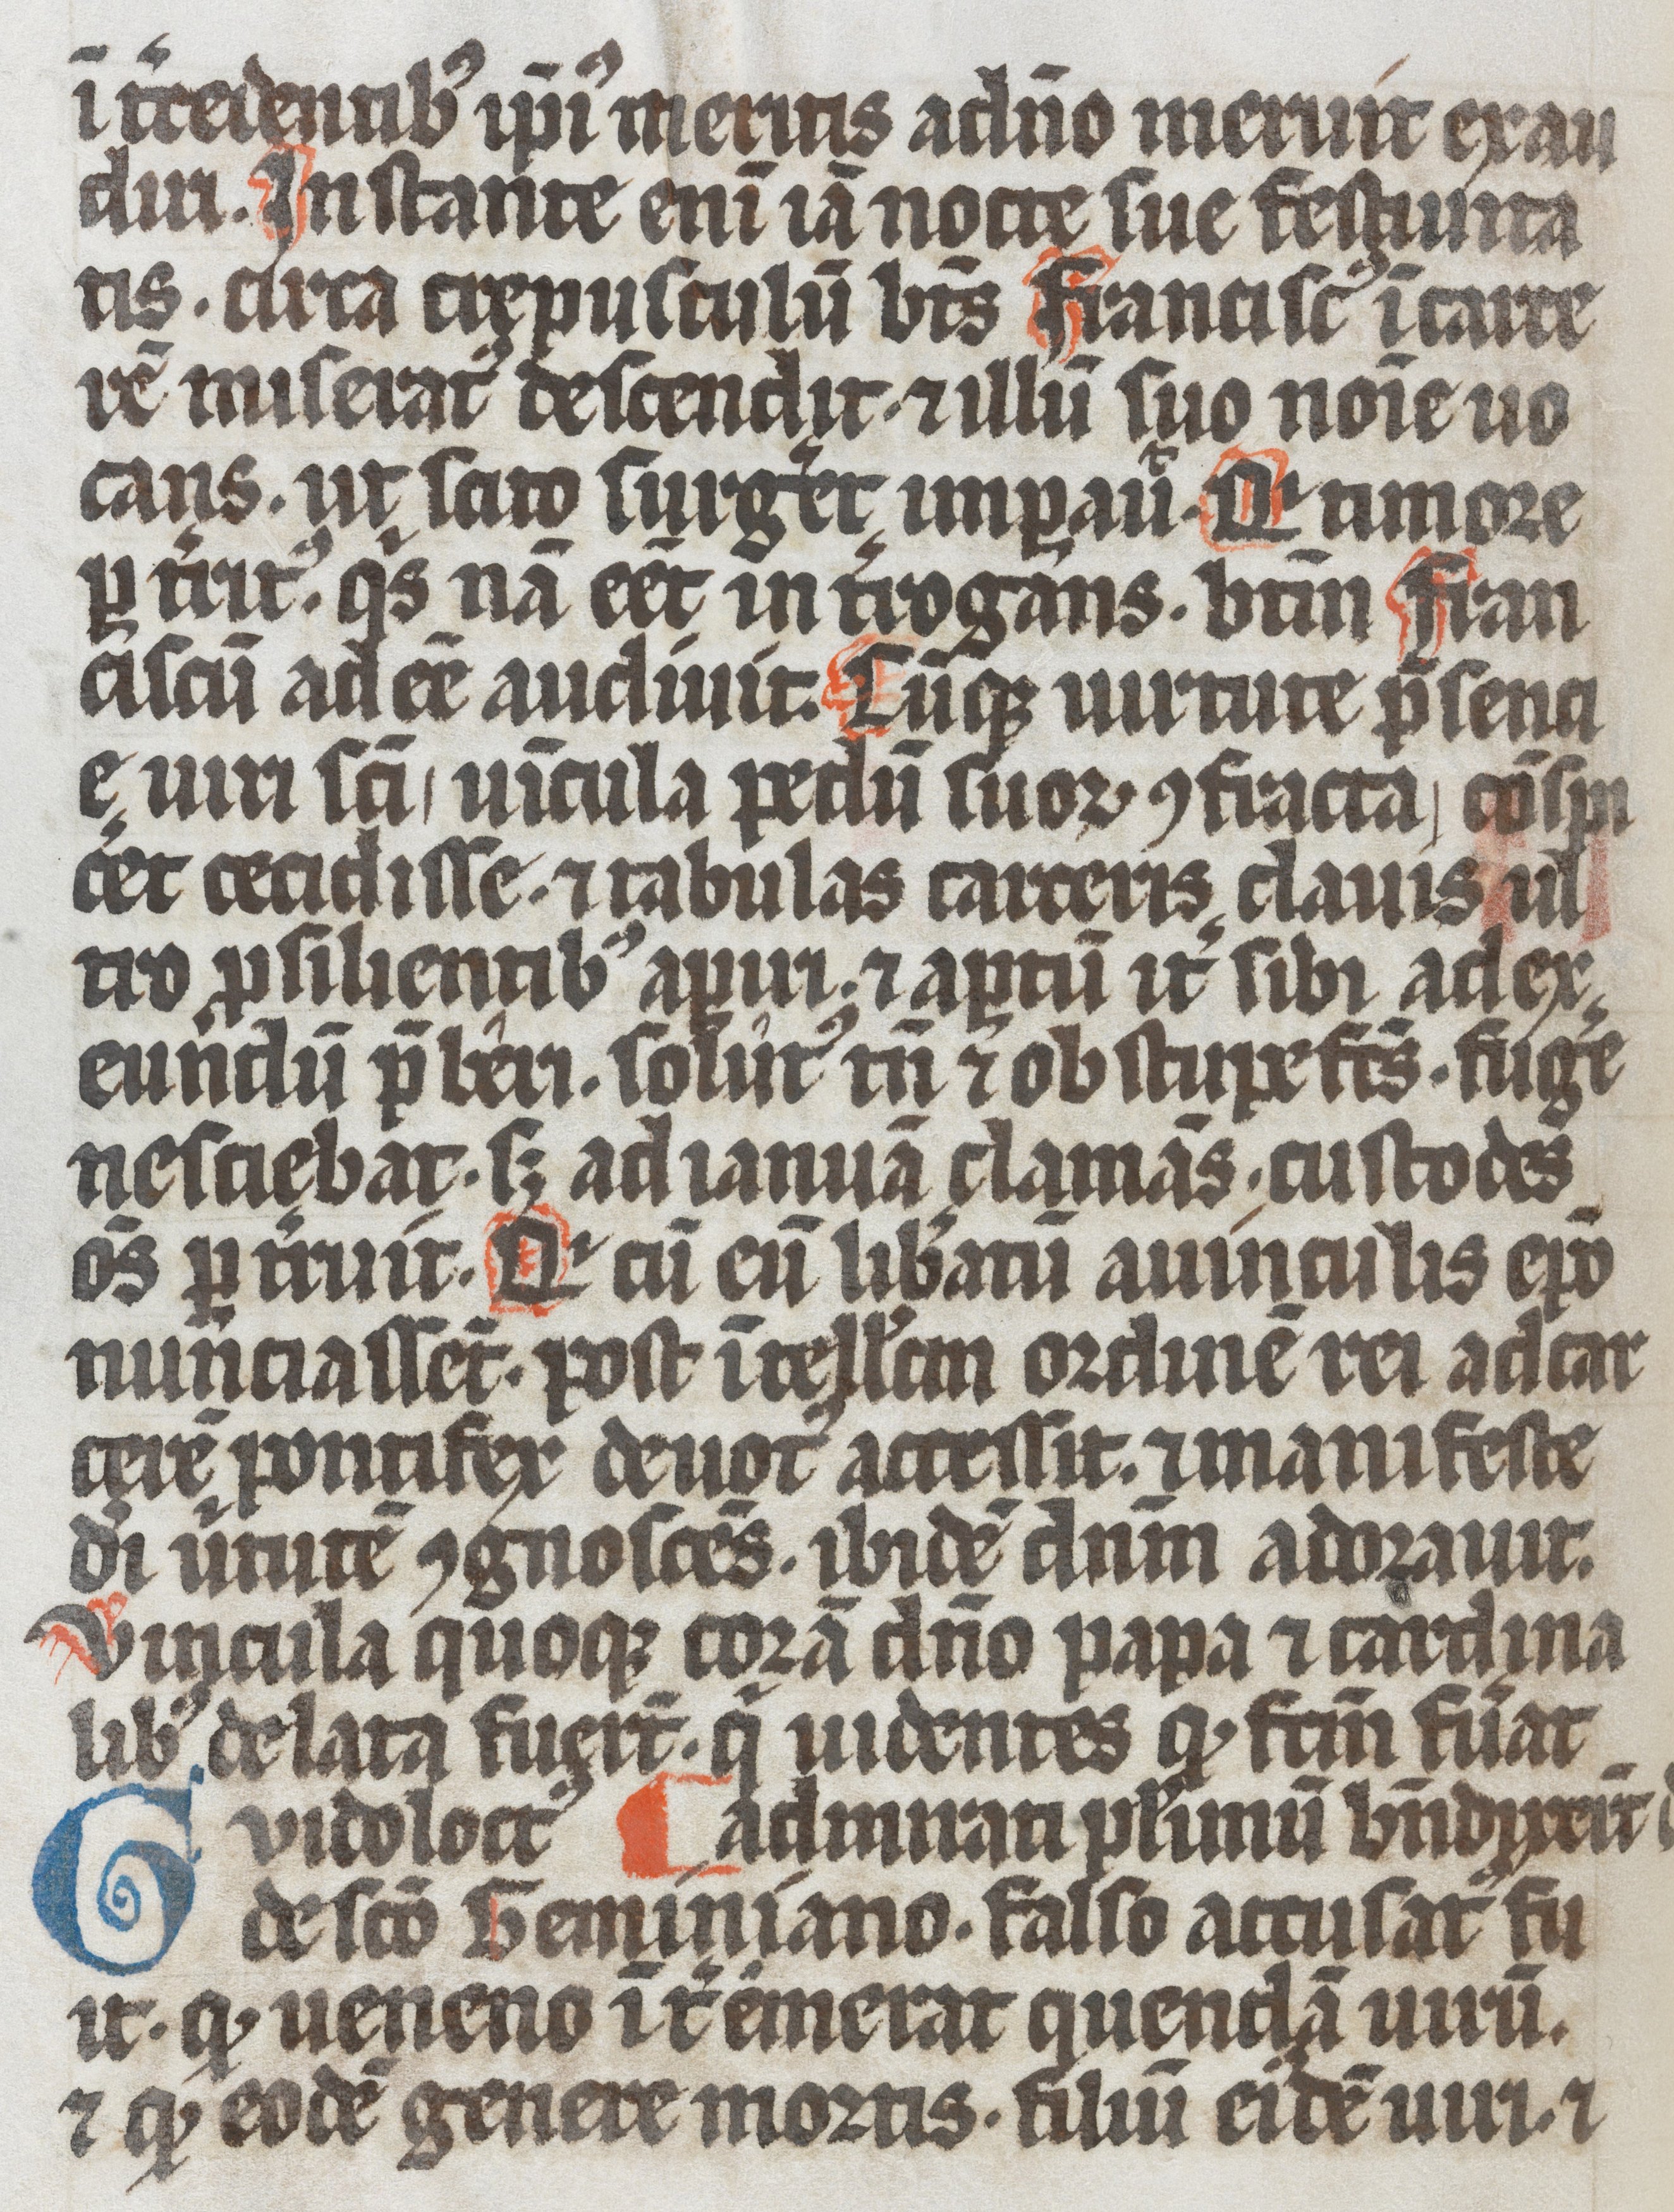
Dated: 1337–1337